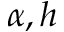
\alpha , h